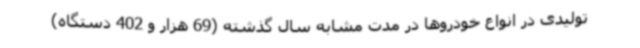
تولیدی در انواع خودروها در مدت مشابه سال گذشته (69 هزار و 402 دستگاه)